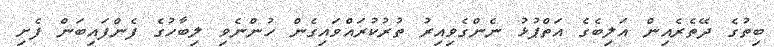
ބިތުގެ ދޭތެރެއިން އަލިބެގެ އަތްޕުޅު ނެންގެވިއިރު ތުރުކުރައްވައިގެން ހުންނެވި ލިބާހުގެ ފެންފައިބަން ފެށި